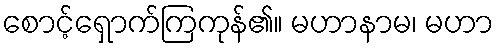
စောင့်ရှောက်ကြကုန်၏။ မဟာနာမ၊ မဟာ